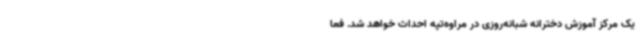
یک مرکز آموزش دخترانه شبانه‌روزی در مراوه‌تپه احداث خواهد شد. فعا